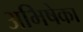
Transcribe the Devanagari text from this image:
अभिषेका